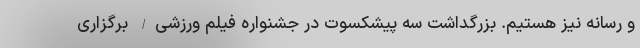
و رسانه نیز هستیم. بزرگداشت سه پیشکسوت در جشنواره فیلم ورزشی/ برگزاری